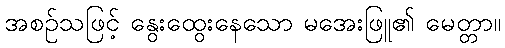
အစဉ်သဖြင့် နွေးထွေးနေသော မအေးဖြူ၏ မေတ္တာ။